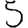
Digit: 5